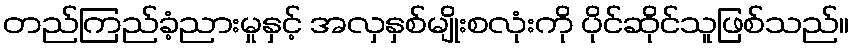
တည်ကြည်ခံ့ညားမှုနှင့် အလှနှစ်မျိုးစလုံးကို ပိုင်ဆိုင်သူဖြစ်သည်။